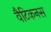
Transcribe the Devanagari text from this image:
वैटिकनस